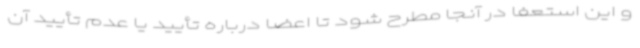
و این استعفا در آنجا مطرح شود تا اعضا درباره تأیید یا عدم تأیید آن